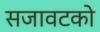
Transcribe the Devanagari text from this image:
सजावटको